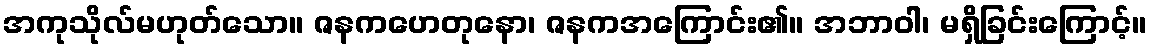
အကုသိုလ်မဟုတ်သော။ ဇနကဟေတုနော၊ ဇနကအကြောင်း၏။ အဘာဝါ၊ မရှိခြင်းကြောင့်။